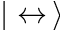
| \leftrightarrow \, \rangle